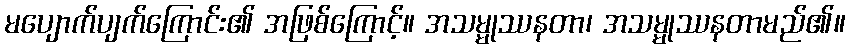
မပျောက်ပျက်ကြောင်း၏ အဖြစ်ကြောင့်။ အသမ္မုဿနတာ၊ အသမ္မုဿနတာမည်၏။